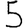
Digit: 5